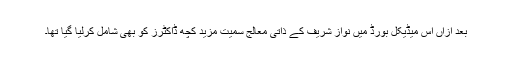
بعد ازاں اس میڈیکل بورڈ میں نواز شریف کے ذاتی معالج سمیت مزید کچھ ڈاکٹرز کو بھی شامل کرلیا گیا تھا۔